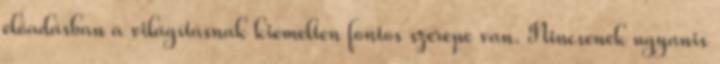
előadásban a világításnak kiemelten fontos szerepe van. Nincsenek ugyanis